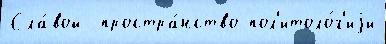
Сла́вой  простра́нство пол'итоло́г'иjи